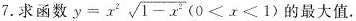
7. 求函数 $$y=x^{2} \sqrt{1-x^{2}}(0<x<1)$$ 的最大值。